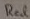
Text: Red